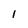
Character: 1